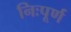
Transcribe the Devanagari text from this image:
निःपूर्ण